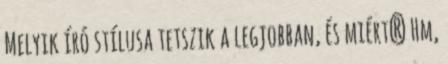
Melyik író stílusa tetszik a legjobban, és miért? Hm,